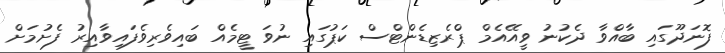
ފޮނަދޫގައި ބާއްވާ ދެކުނު ވީއޭއެމް ޕްރެޒިޑެންޓްސް ކަޕުގަައި ނުވަ ޓީމެއް ބައިވެރިވެފައިވާއިރު ފެށުމަށް